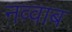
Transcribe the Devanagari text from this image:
नव्वाब